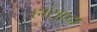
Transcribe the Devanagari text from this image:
हासुध्दा